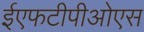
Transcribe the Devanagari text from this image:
ईएफटीपीओएस